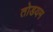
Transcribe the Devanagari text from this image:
तोडयम